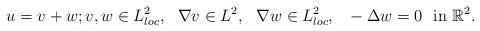
LaTeX: \begin{align*}u = v + w; v, w \in L^2_{loc}, ~~ \nabla v \in L^2, ~~ \nabla w\in L^2_{loc}, ~~ -\Delta w = 0 ~\mbox{ in } \mathbb{R}^2.\end{align*}